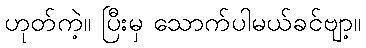
ဟုတ်ကဲ့။ ပြီးမှ သောက်ပါမယ်ခင်ဗျာ့။